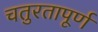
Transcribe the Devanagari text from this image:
चतुरतापूर्ण